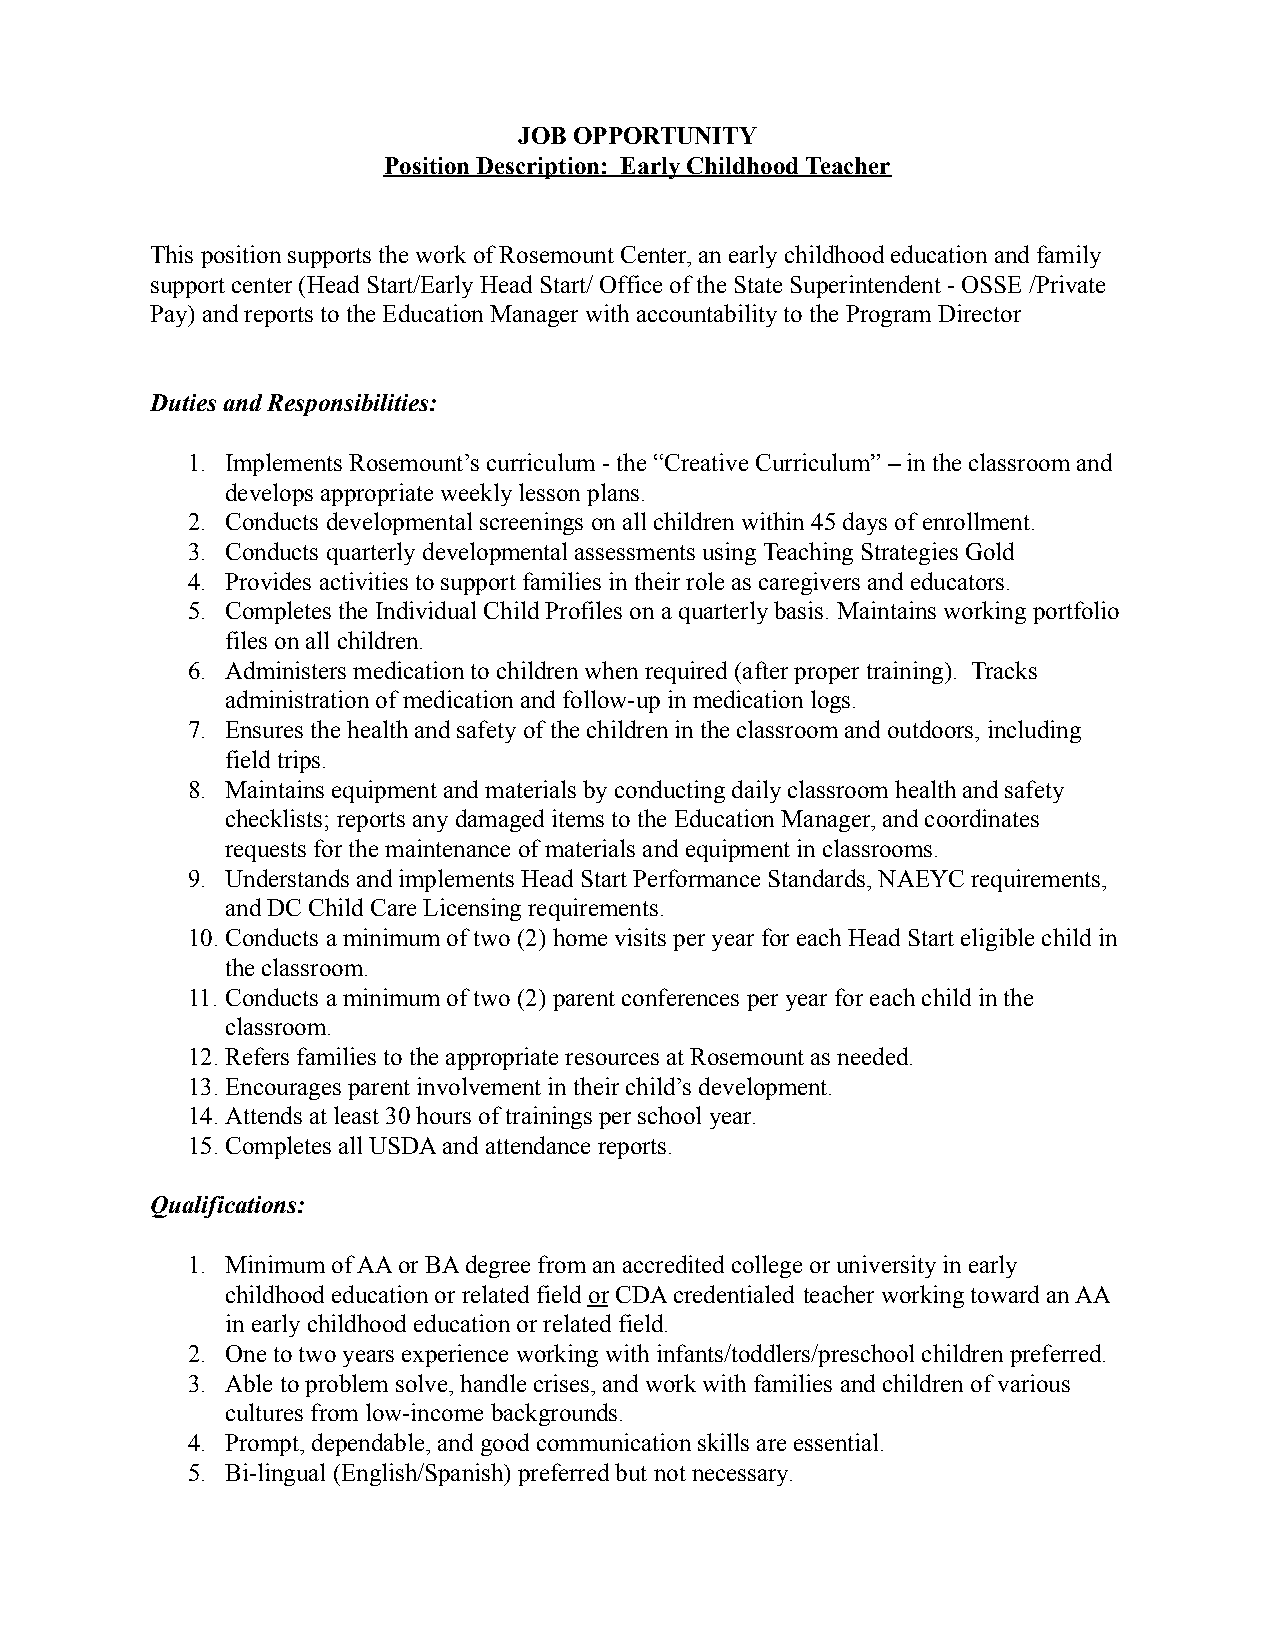
JOB OPPORTUNITY
 Position Description: Early Childhood Teacher
 This position supports the work of Rosemount Center, an early childhood education and family
 support center (Head Start/Early Head Start/ Office of the State Superintendent - OSSE /Private
 Pay) and reports to the Education Manager with accountability to the Program Director
 Duties and Responsibilities:
 1. Implements Rosemount’s curriculum - the “Creative Curriculum” – in the classroom and
 develops appropriate weekly lesson plans.
 2. Conducts developmental screenings on all children within 45 days of enrollment.
 3. Conducts quarterly developmental assessments using Teaching Strategies Gold
 4. Provides activities to support families in their role as caregivers and educators.
 5. Completes the Individual Child Profiles on a quarterly basis. Maintains working portfolio
 files on all children.
 6. Administers medication to children when required (after proper training). Tracks
 administration of medication and follow-up in medication logs.
 7. Ensures the health and safety of the children in the classroom and outdoors, including
 field trips.
 8. Maintains equipment and materials by conducting daily classroom health and safety
 checklists; reports any damaged items to the Education Manager, and coordinates
 requests for the maintenance of materials and equipment in classrooms.
 9. Understands and implements Head Start Performance Standards, NAEYC requirements,
 and DC Child Care Licensing requirements.
 10.Conducts a minimum of two (2) home visits per year for each Head Start eligible child in
 the classroom.
 11. Conducts a minimum of two (2) parent conferences per year for each child in the
 classroom.
 12.Refers families to the appropriate resources at Rosemount as needed.
 13.Encourages parent involvement in their child’s development.
 14.Attends at least 30 hours of trainings per school year.
 15.Completes all USDA and attendance reports.
 Qualifications:
 1. Minimum of AA or BA degree from an accredited college or university in early
 childhood education or related field orCDA credentialed teacher working toward an AA
 in early childhood education or related field.
 2. One to two years experience working with infants/toddlers/preschool children preferred.
 3. Able to problem solve, handle crises, and work with families and children of various
 cultures from low-income backgrounds.
 4. Prompt, dependable, and good communication skills are essential.
 5. Bi-lingual (English/Spanish) preferred but not necessary.